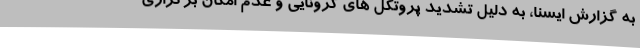
به گزارش ایسنا، به دلیل تشدید پروتکل های کرونایی و عدم امکان برگزاری